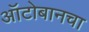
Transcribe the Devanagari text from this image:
ऑटोबानचा